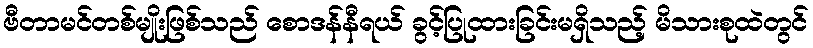
ဗီတာမင်တစ်မျိုးဖြစ်သည် စောဒန်နီရယ် ခွင့်ပြုထားခြင်းမရှိသည့် မိသားစုထဲတွင်